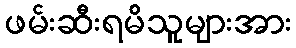
ဖမ်းဆီးရမိသူများအား